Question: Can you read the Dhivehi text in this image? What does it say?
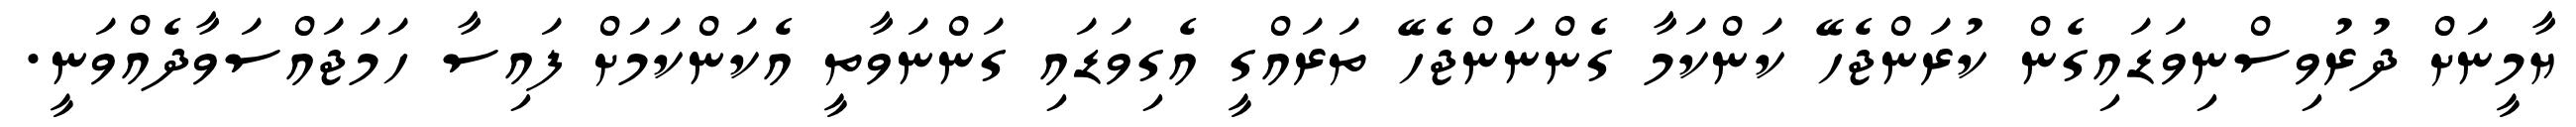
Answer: ޔާމީނަށް ދުރުވިސްނިވަޑައިގެން ކުރަންޖެހޭ ކަންކަމާ ގެންނަންޖެހޭ ތަރައްގީ އެގިވަޑައި ގަންނަވާތީ އެކަންކަމަށް ފައިސާ ހަމަޖައްސަވާދެއްވަނީ.